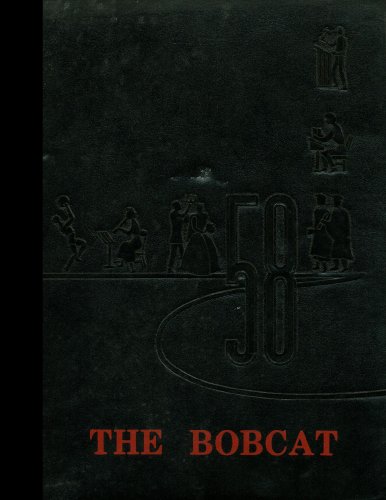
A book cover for (Reprint) 1958 Yearbook: Bell County High School, Pineville, Kentucky; Reference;